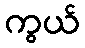
ကွယ်